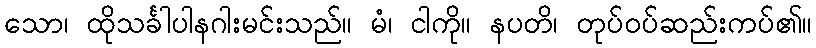
သော၊ ထိုသင်္ခါပါနဂါးမင်းသည်။ မံ၊ ငါကို။ နပတိ၊ တုပ်ဝပ်ဆည်းကပ်၏။